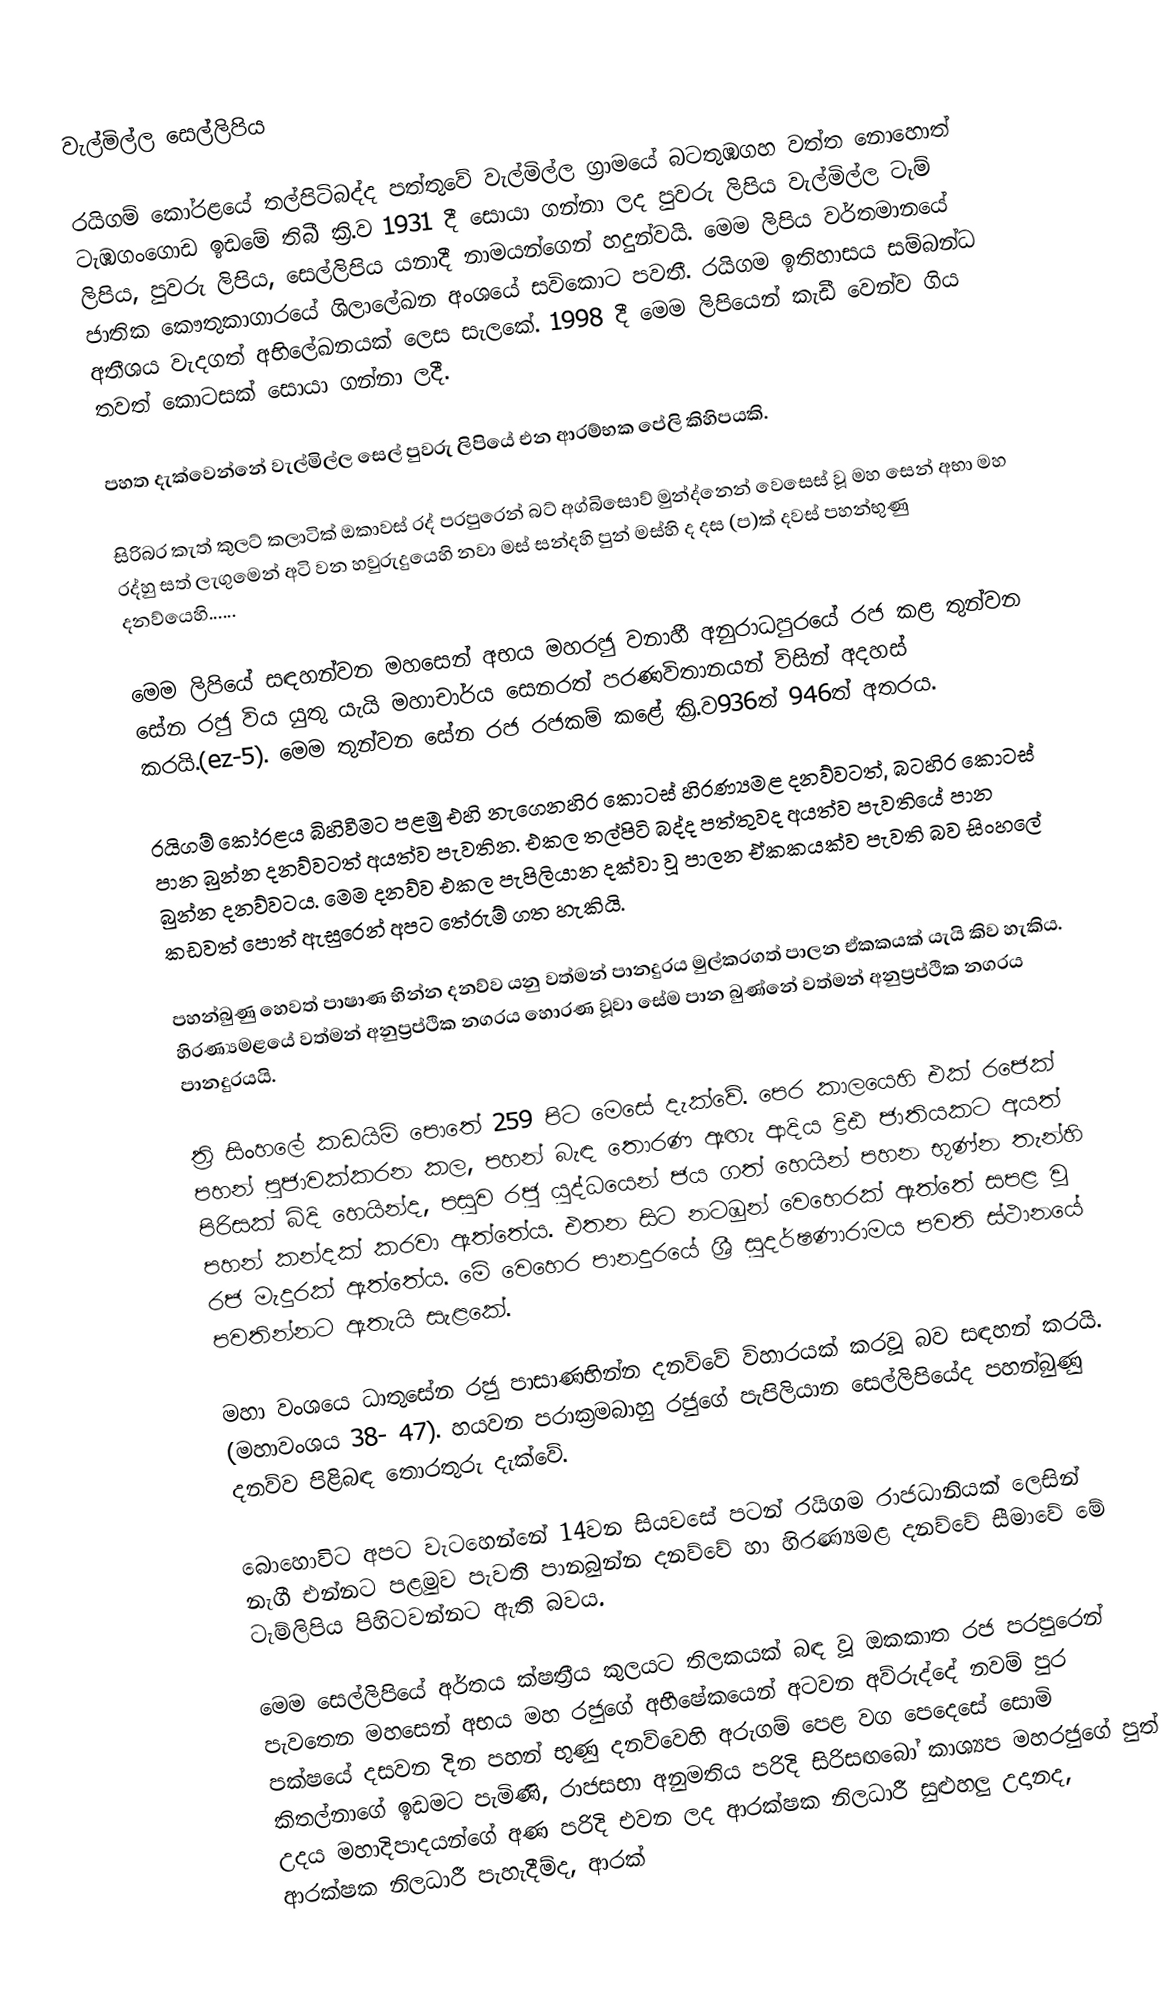
වැල්මිල්ල සෙල්ලිපිය

රයිගම් කෝරළයේ තල්පිටිබද්ද පත්තුවේ වැල්මිල්ල ග්‍රාමයේ බටතුඹගහ වත්ත නොහොත් ටැඹගංගොඩ ඉඩමේ තිබී ක්‍රි.ව 1931 දී සොයා ගන්නා ලද පුවරු ලිපිය වැල්මිල්ල ටැම් ලිපිය, පුවරු ලිපිය, සෙල්ලිපිය යනාදී නාමයන්ගෙන් හදුන්වයි. මෙම ලිපිය වර්තමානයේ ජාතික කෞතුකාගාරයේ ශිලාලේඛන අංශයේ සවිකොට පවතී. රයිගම ඉතිහාසය සම්බන්ධ අතීශය වැදගත් අභිලේඛනයක් ලෙස සැලකේ. 1998 දී මෙම ලිපියෙන් කැඩී වෙන්ව ගිය තවත් කොටසක් සොයා ගන්නා ලදී.

පහත දැක්වෙන්නේ වැල්මිල්ල සෙල් පුවරු ලිපියේ එන ආරම්භක පේලි කිහිපයකි.

සිරිබර කැත් කුලට් කලාටික් ඔකාවස් රද් පරපුරෙන් බට් අග්බිසොව් මුන්ද්නෙන් වෙසෙස් වූ මහ සෙන් අභා මහ රද්හු සත් ලැගුමෙන් අටි වන හවුරුදුයෙහි නවා මස් සන්දහි පුන් මස්හි ද දස (ප)ක් දවස් පහන්භුණු දනව්යෙහි......

මෙම ලිපියේ සඳහන්වන මහසෙන් අභය මහරජු වනාහී අනුරාධපුරයේ රජ කළ තුන්වන සේන රජු විය යුතු යැයි මහාචාර්ය සෙනරත් පරණවිතානයන් විසින් අදහස් කරයි.(ez-5). මෙම තුන්වන සේන රජ රජකම් කළේ ක්‍රි.ව936ත් 946ත් අතරය.

රයිගම් කෝරළය බිහිවීමට පළමු එහි නැගෙනහිර කොටස් හිරණ්‍යමළ දනව්වටත්, බටහිර කොටස් පාන බුන්න දනව්වටත් අයත්ව පැවතින. එකල තල්පිටි බද්ද පත්තුවද අයත්ව පැවතියේ පාන බුන්න දනව්වටය. මෙම දනව්ව එකල පැපිලියාන දක්වා වූ පාලන ඒකකයක්ව පැවති බව සිංහලේ කඩවත් පොත් ඇසුරෙන් අපට තේරුම් ගත හැකියි.

පහන්බුණු හෙවත් පාෂාණ භින්න දනව්ව යනු වත්මන් පානදුරය මුල්කරගත් පාලන ඒකකයක් යැයි කිව හැකිය. හිරණ්‍යමළයේ වත්මන් අනුප්‍රප්ථික නගරය හොරණ වූවා සේම පාන බුණ්නේ  වත්මන් අනුප්‍රප්ථික නගරය පානදුරයයි.

ත්‍රි සිංහලේ කඩයිම් පොතේ 259 පිට මෙසේ දැක්වේ. පෙර කාලයෙහි එක් රජෙක් පහන් පුජාවක්කරන කල, පහන් බැඳ තොරණ ඇඟැ ආදිය ද්‍රිඪ ජාතියකට අයත් පිරිසක් බිදි හෙයින්ද, පසුව රජු යුද්ධයෙන් ජය ගත් හෙයින් පහන භුණ්න තැන්හි පහන් කන්දක් කරවා ඇත්තේය. එතන සිට නටඹුන් වෙහෙරක් ඇත්තේ සපළ වූ රජ මැදුරක් ඇත්තේය. මේ වෙහෙර පානදුරයේ  ශ්‍රී සුදර්ෂණාරාමය පවති ස්ථානයේ පවතින්නට ඇතැයි සැළකේ.

මහා වංශයෙ ධාතුසේන රජු පාසාණභින්න දනව්වේ විහාරයක් කරවූ බව සඳහන් කරයි. (මහාවංශය 38- 47). හයවන පරාක්‍රමබාහු රජුගේ පැපිලියාන සෙල්ලිපියේද පහන්බුණු දනව්ව පිළිබඳ තොරතුරු දැක්වේ.

බොහොවිට අපට වැටහෙන්නේ 14වන සියවසේ පටන් රයිගම රාජධානියක් ලෙසින් නැගී එන්නට පළමුව පැවති පානබුන්න දනව්වේ හා හිරණ්‍යමළ දනව්වේ සීමාවේ මේ ටැම්ලිපිය පිහිටවන්නට ඇති බවය.

මෙම සෙල්ලිපියේ අර්තය ක්ෂත්‍රීය කුලයට තිලකයක් බඳ වූ ඔකකාත රජ පරපුරෙන් පැවතෙන මහසෙන් අභය මහ රජුගේ අභීෂේකයෙන් අටවන අව්රුද්දේ නවම් පුර පක්ෂයේ දසවන දින පහන් භුණු දනව්වෙහි අරුගම් පෙළ වග පෙදෙසේ  සොමි කිතල්නාගේ ඉඩමට පැමිණි, රාජසභා අනුමතිය පරිදි සිරිසඟබෝ කාශ්‍යප මහරජුගේ පුත් උදය මහාදිපාදයන්ගේ අණ පරිදි එවන ලද ආරක්ෂක නිලධාරී සුළුහලු උදානද, ආරක්ෂක නිලධාරී පැහැදීම්ද, ආරක්